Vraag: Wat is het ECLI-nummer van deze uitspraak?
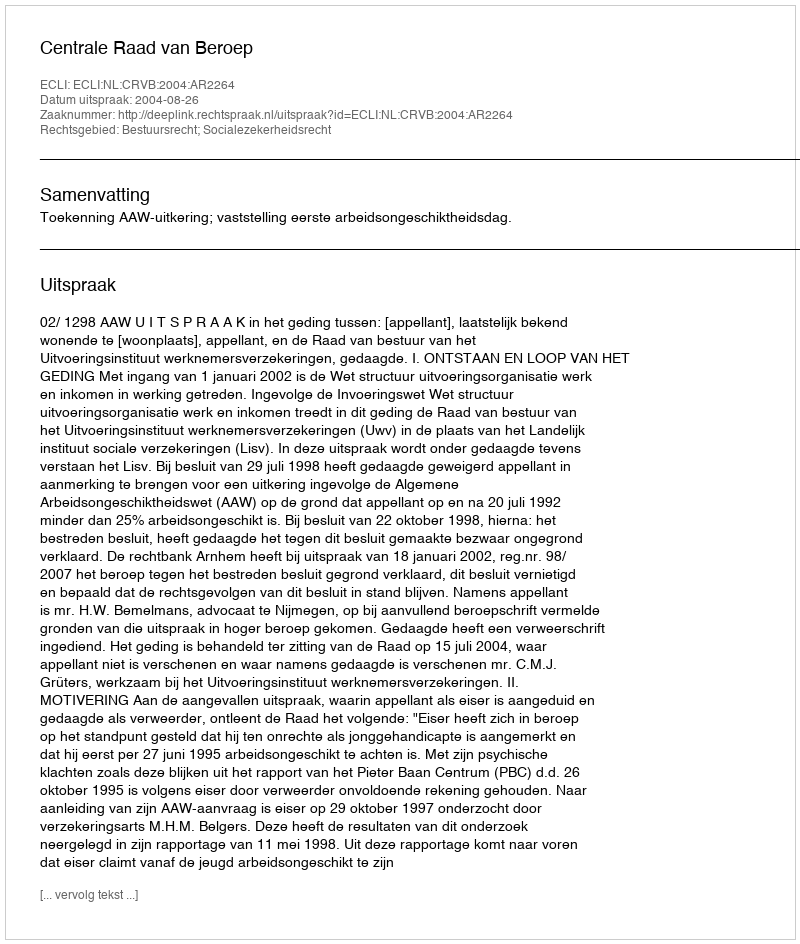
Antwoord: ECLI:NL:CRVB:2004:AR2264